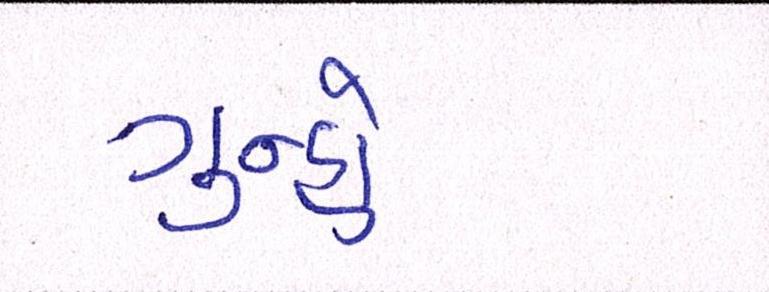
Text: ગુન્હો